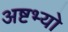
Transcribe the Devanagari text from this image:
अष्टभ्यो